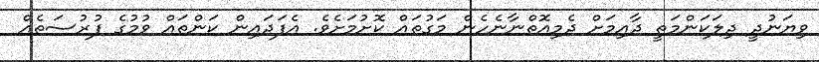
ވިޔަނުދީ ދިލަކަންމަތީ ދާއިމަށް ދެމިއޮތްނާނެހެން މަގުތައް ކޮށުމަށެވެ. އެފަދައިން ކަންތައް ވުމުގެ ފުރުސަތެއް